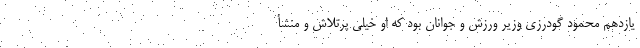
یازدهم محمود گودرزی وزیر ورزش و جوانان بود که او خیلی پرتلاش و منشأ